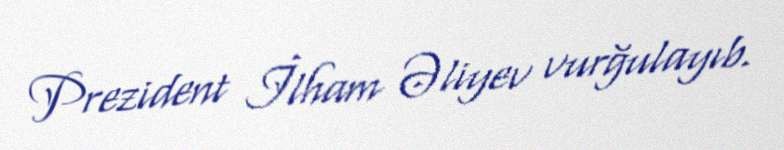
Prezident İlham Əliyev vurğulayıb.